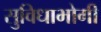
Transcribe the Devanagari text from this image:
सुविधाभोगी